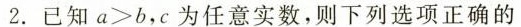
2.已知$$a > b$$，c为任意实数，则下列选项正确的